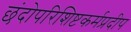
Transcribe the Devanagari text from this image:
छंदोपरिशिष्टकर्मप्रदीप